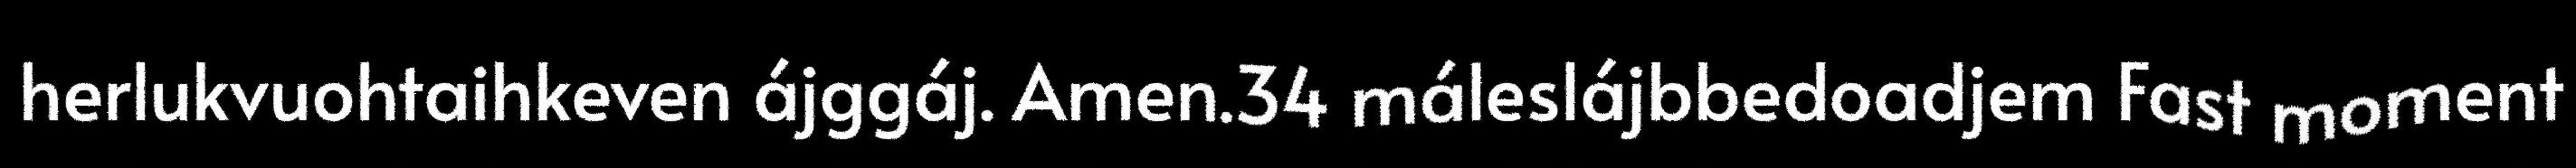
herlukvuohtaihkeven ájggáj. Amen.34 máleslájbbedoadjem Fast moment